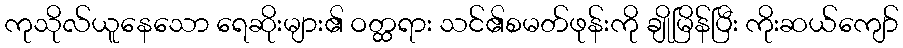
ကုသိုလ်ယူနေသော ရေဆိုးများ၏ ဝတ္ထရား သင်၏စမတ်ဖုန်းကို ချိုမြိန်ပြီး ကိုးဆယ်ကျော်